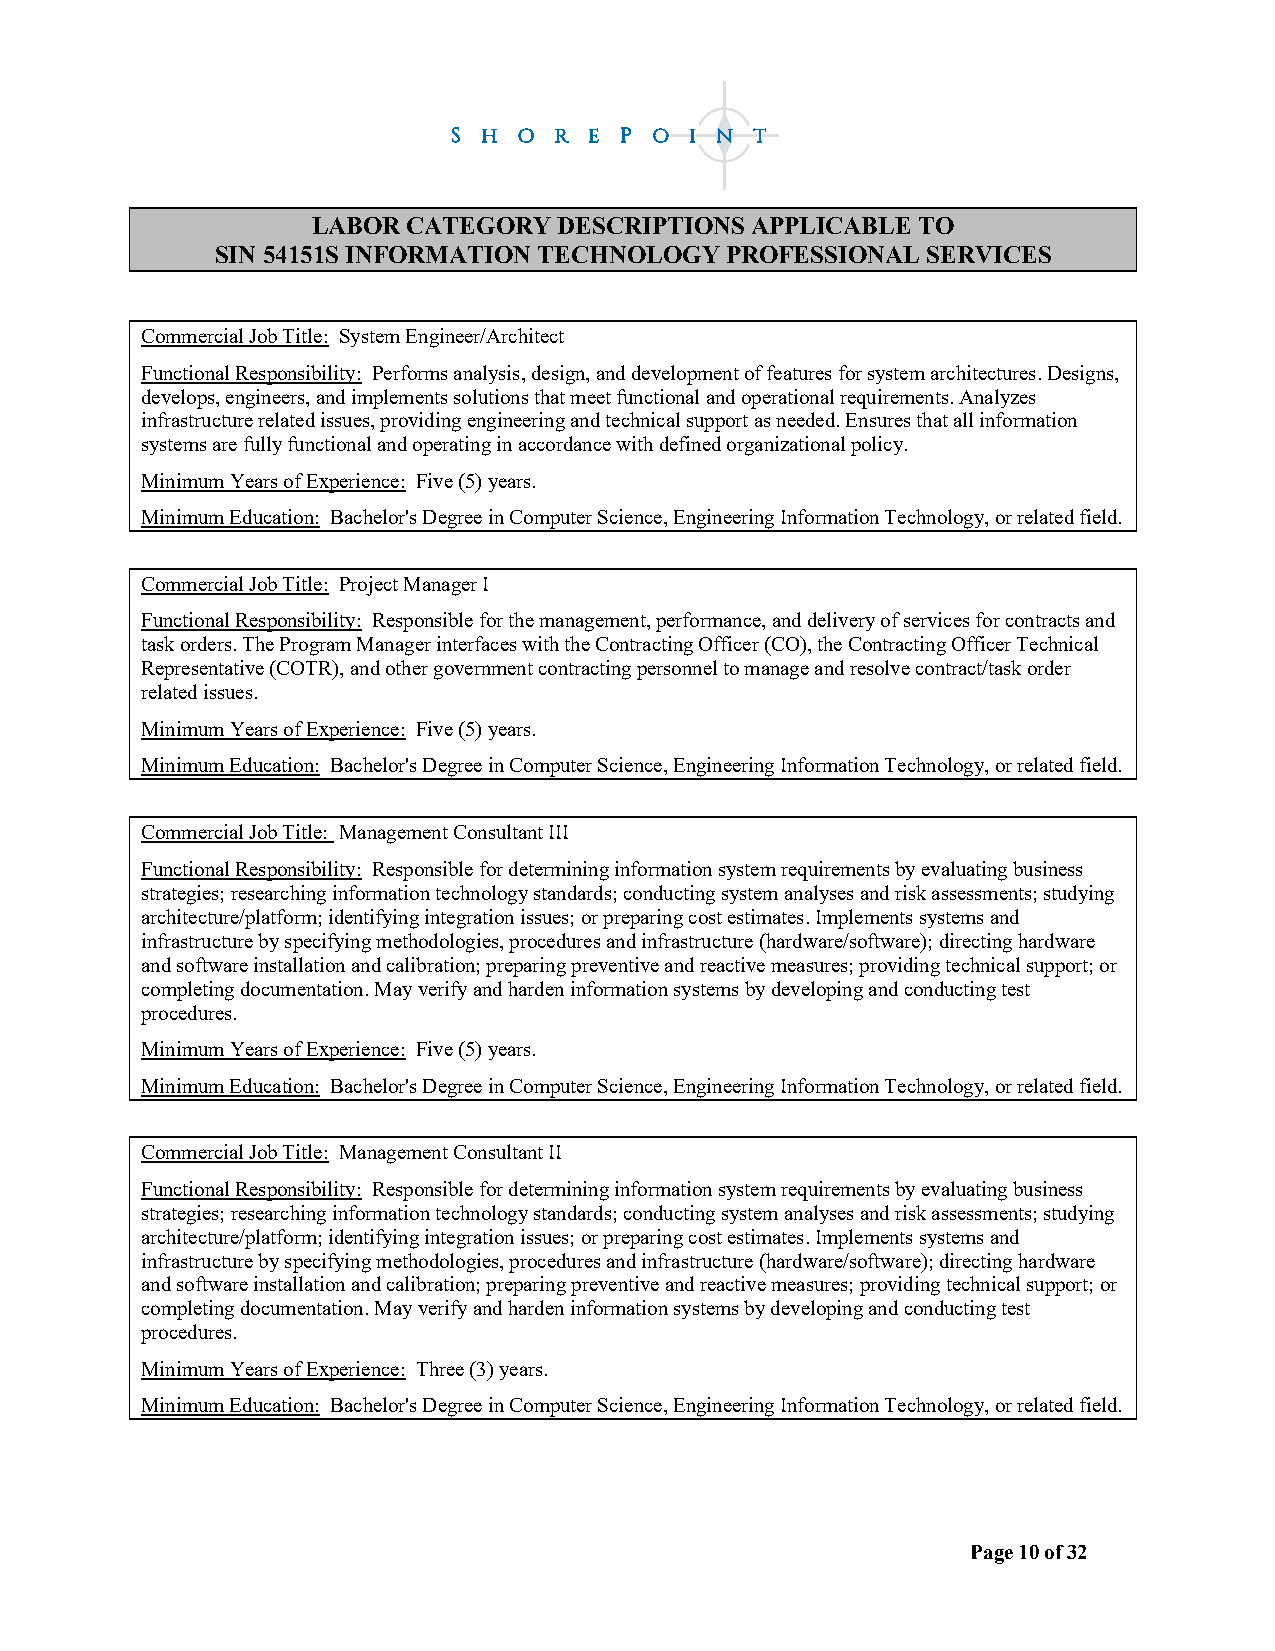
LABOR CATEGORY  DESCRIPTIONS APPLICABLE TO
 SIN 54151S INFORMATION TECHNOLOGY PROFESSIONAL SERVICES
 Commercial Job Title: System Engineer/Architect
 Functional Responsibility: Performs analysis, design, and development of features for system architectures. Designs,
 develops, engineers, and implements solutions that meet functional and operational requirements. Analyzes
 infrastructure related issues, providing engineering and technical support as needed. Ensures that all information
 systems are fully functional and operating in accordance with defined organizational policy.
 Minimum Years of Experience: Five (5) years.
 Minimum Education: Bachelor's Degree in Computer Science, Engineering Information Technology, or related field.
 Commercial Job Title: Project Manager I
 Functional Responsibility: Responsible for the management, performance, and delivery of services for contracts and
 task orders. The Program Manager interfaces with the Contracting Officer (CO), the Contracting Officer Technical
 Representative (COTR), and other government contracting personnel to manage and resolve contract/task order
 related issues.
 Minimum Years of Experience: Five (5) years.
 Minimum Education: Bachelor's Degree in Computer Science, Engineering Information Technology, or related field.
 Commercial Job Title: Management Consultant III
 Functional Responsibility: Responsible for determining information system requirements by evaluating business
 strategies; researching information technology standards; conducting system analyses and risk assessments; studying
 architecture/platform; identifying integration issues; or preparing cost estimates. Implements systems and
 infrastructure by specifying methodologies, procedures and infrastructure (hardware/software); directing hardware
 and software installation and calibration; preparing preventive and reactive measures; providing technical support; or
 completing documentation. May verify and harden information systems by developing and conducting test
 procedures.
 Minimum Years of Experience: Five (5) years.
 Minimum Education: Bachelor's Degree in Computer Science, Engineering Information Technology, or related field.
 Commercial Job Title: Management Consultant II
 Functional Responsibility: Responsible for determining information system requirements by evaluating business
 strategies; researching information technology standards; conducting system analyses and risk assessments; studying
 architecture/platform; identifying integration issues; or preparing cost estimates. Implements systems and
 infrastructure by specifying methodologies, procedures and infrastructure (hardware/software); directing hardware
 and software installation and calibration; preparing preventive and reactive measures; providing technical support; or
 completing documentation. May verify and harden information systems by developing and conducting test
 procedures.
 Minimum Years of Experience: Three (3) years.
 Minimum Education: Bachelor's Degree in Computer Science, Engineering Information Technology, or related field.
 Page 10 of 32